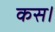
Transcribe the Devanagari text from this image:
कस।